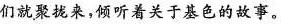
们就聚拢来，倾听着关于基色的故事。